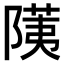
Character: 𬯐